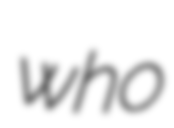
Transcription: who